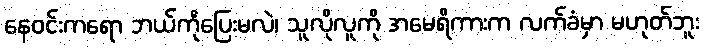
နေဝင်းကရော ဘယ်ကိုပြေးမလဲ၊ သူလိုလူကို အမေရိကားက လက်ခံမှာ မဟုတ်ဘူး